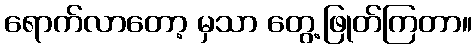
ရောက်လာတော့ မှသာ တွေ့ဖြုတ်ကြတာ။